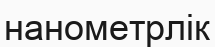
нанометрлік